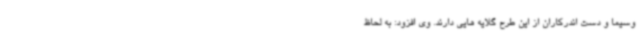
وسیما و دست اندرکاران از این طرح گلایه هایی دارند. وی افزود: به لحاظ